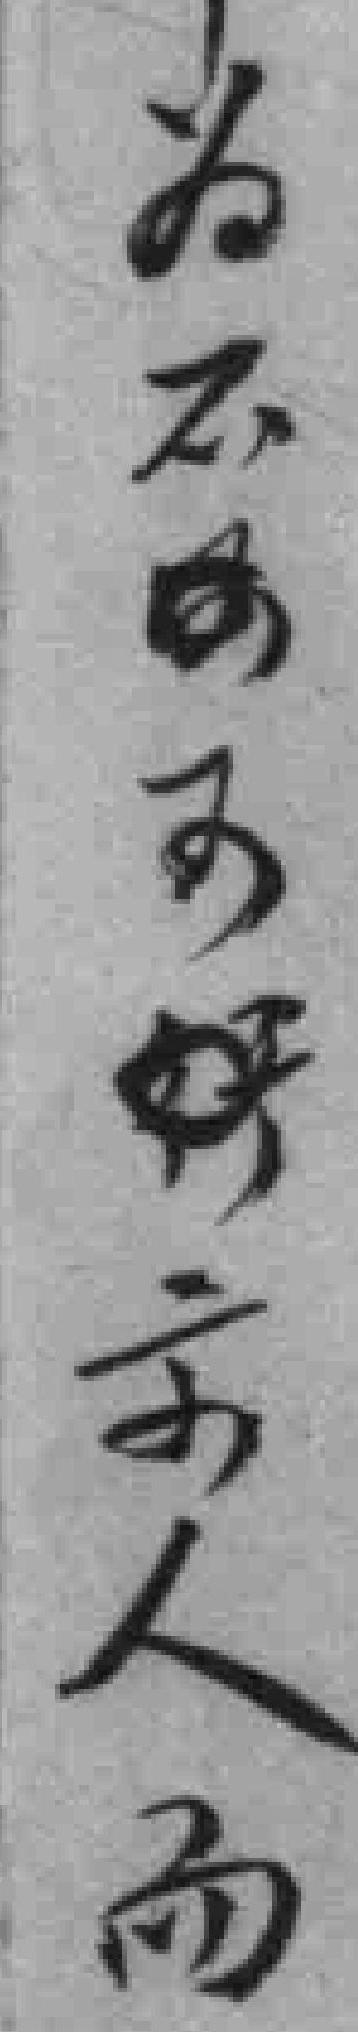
为不*可*示人而